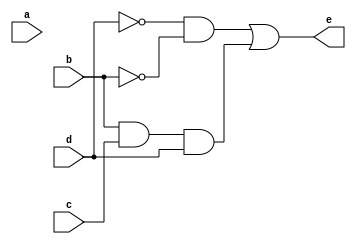
module fe(e,a,b,c,d);
  
	input a,b,c,d;
	output e;

	wire wire_not_b, wire_not_d, wire_1, wire_2;

	not gate_not_b(wire_not_b, b);
	not gate_not_d(wire_not_d, d);

	and gate_and_1(wire_1, wire_not_d, wire_not_b);
	and gate_and_2(wire_2, b, c, d);

	or gate_or_1(e, wire_1, wire_2);


endmodule